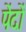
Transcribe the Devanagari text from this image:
पेंदों